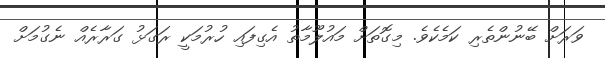
ވަރަށް ބޭނުންތެރި ކަމެކެވެ. މިގޮތަށް މައުލޫމާތު އެގިފައި ހުރުމަކީ ރަގަޅު ގަރާރެއް ނެގުމަށް